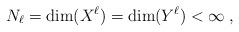
LaTeX: \begin{align*}N_\ell = {\rm dim}(X^\ell) = {\rm dim}(Y^\ell) <\infty \;,\end{align*}